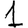
Digit: 1